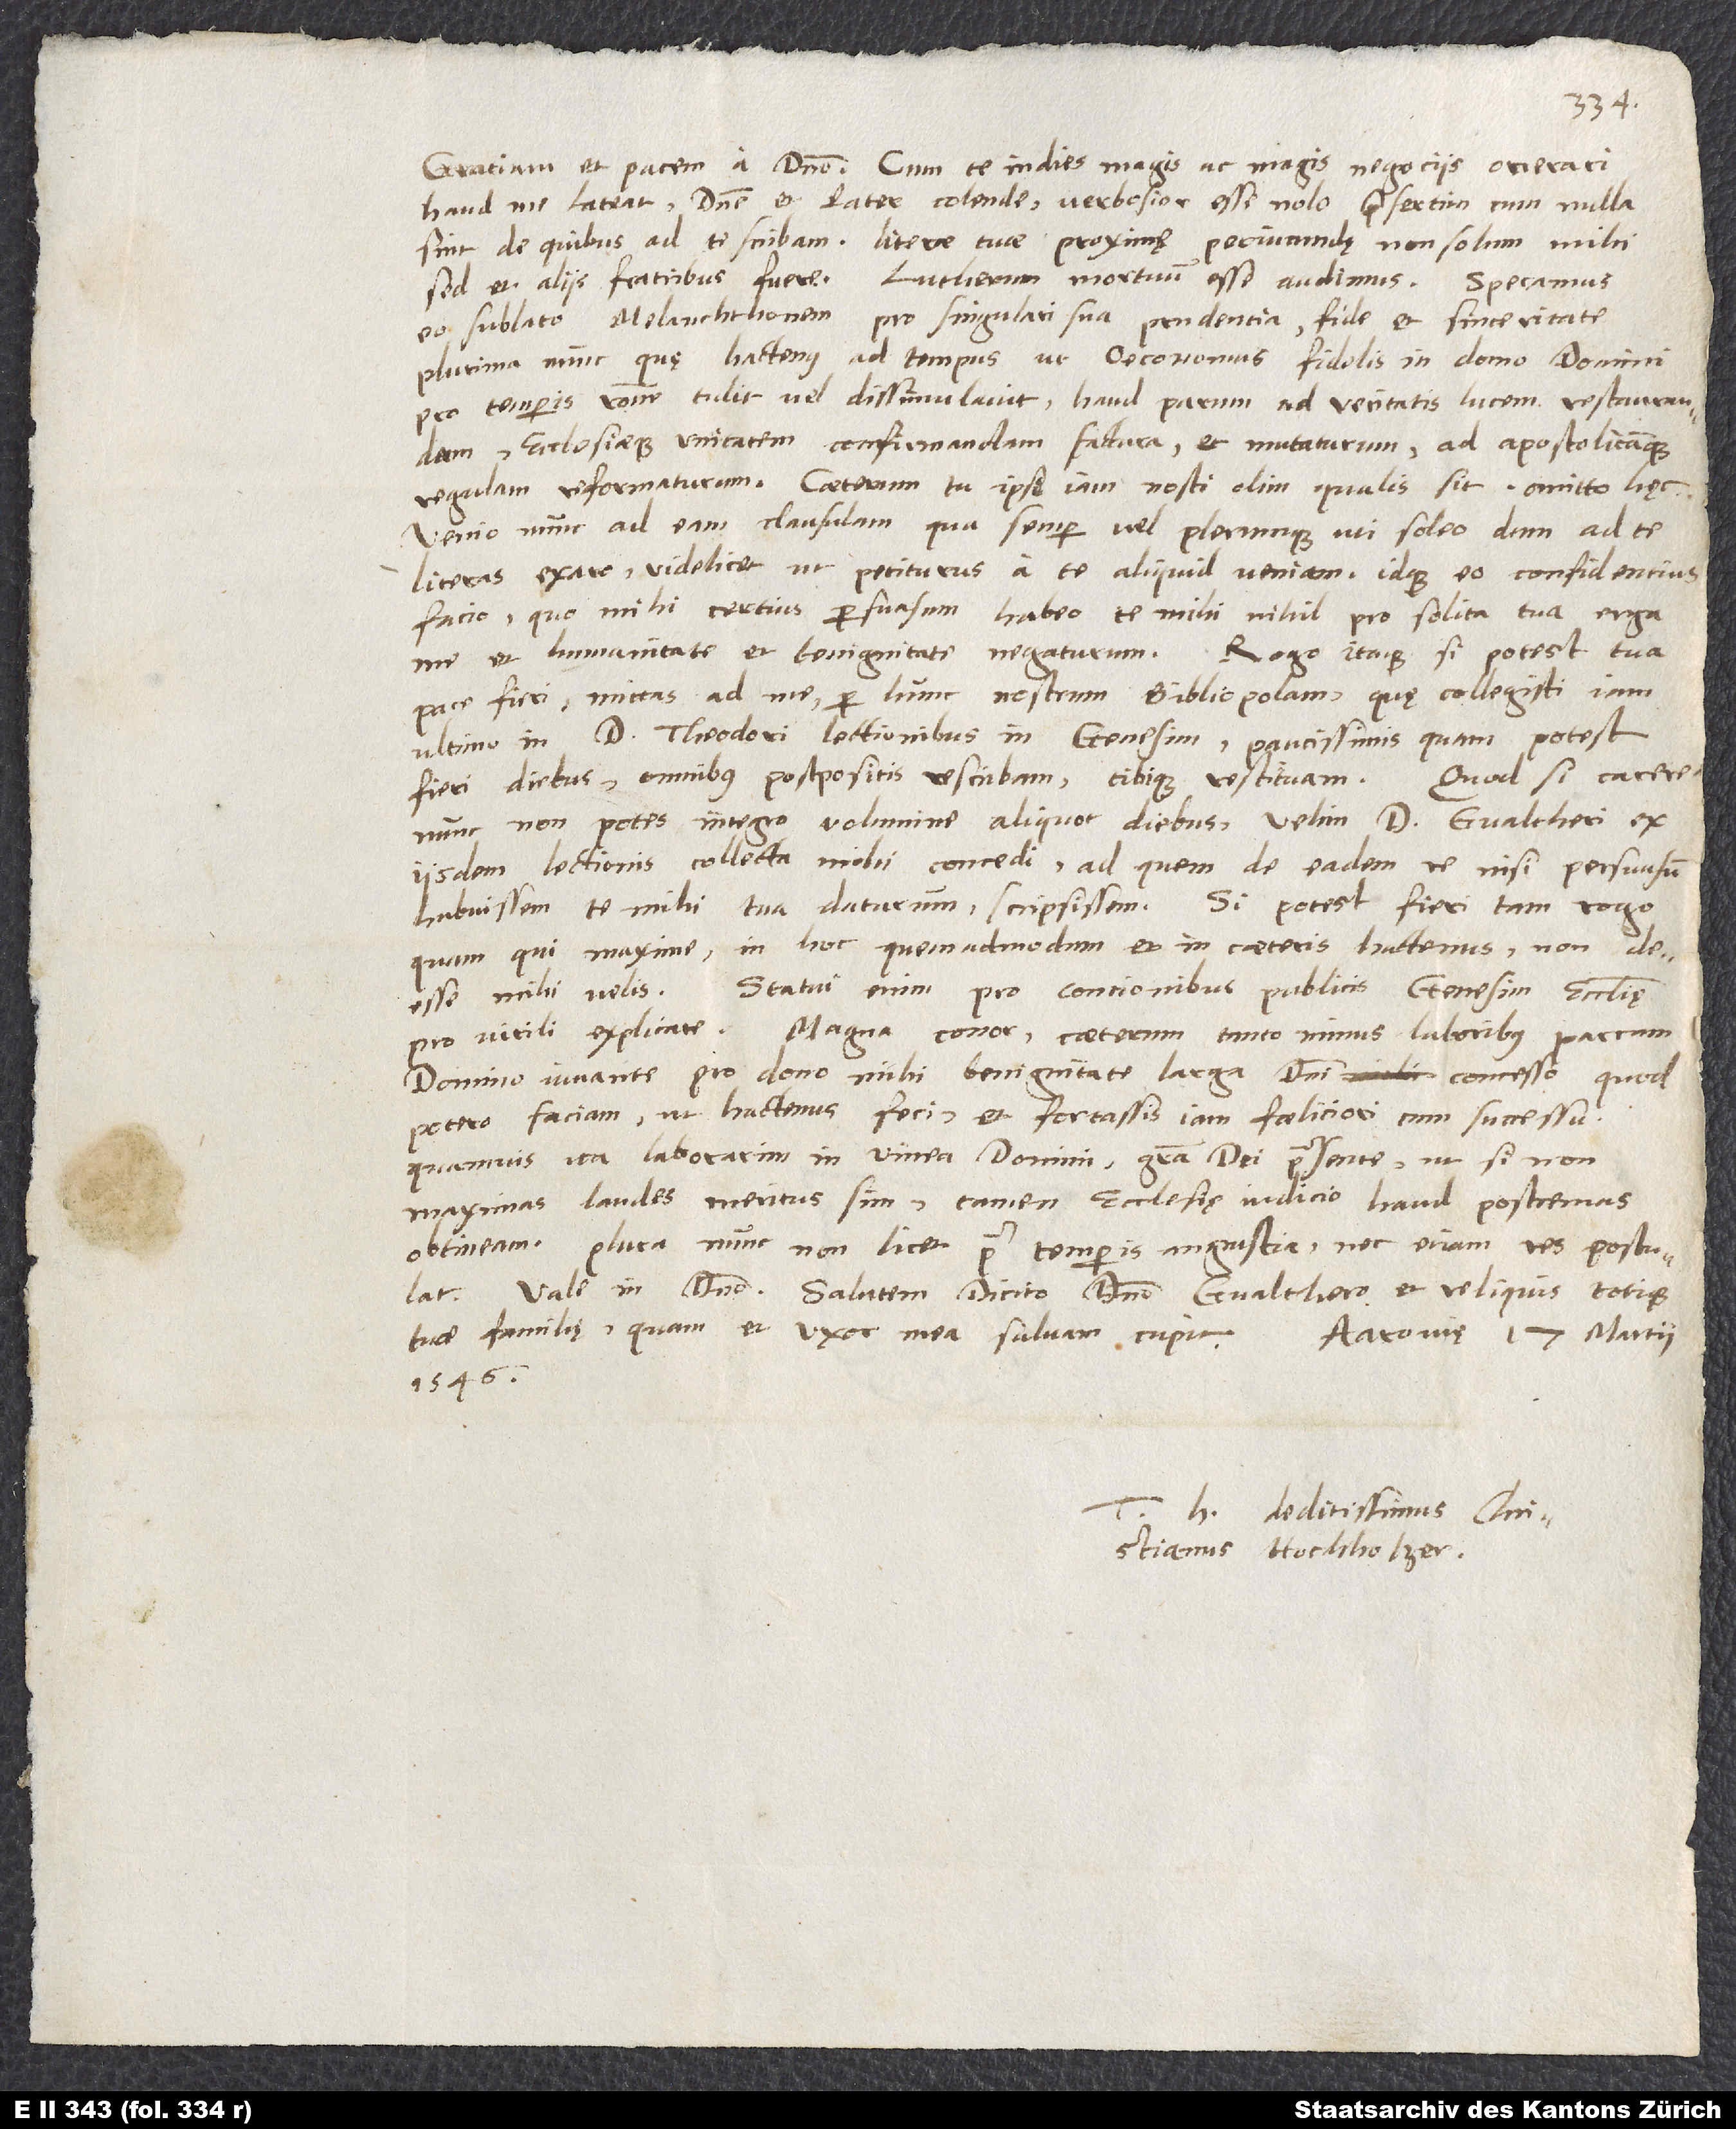
Gratiam et pacem a domino. Cum te indies magis ac magis negociis onerari
haud me lateat, domine et pater colende, verbosior esse nolo, praesertim cum nulla
sint, de quibus ad te scribam. Literae tuae proximę periucundę non solum mihi,
sed et aliis fratribus fuere. Lutherum mortuum esse audimus. Speramus
eo sublato Melanchthonem pro singulari sua prudentia, fide et sinceritate
plurima nunc, quę hactenus ad tempus ut oeconomus fidelis in domo domini
pro temporis ratione tulit vel dissimulavit, haud parum ad veritatis lucem restaurandam
ecclesiaeque unitatem confirmandam factura, et mutaturum ad apostolicamque
regulam reformaturum. Caeterum tu ipse iam nosti olim, qualis sit. Omitto hęc.
Venio nunc ad eam clausulam, qua semper vel plerumque uti soleo, dum ad te
literas exaro, videlicet, ut petiturus a te aliquid veniam; idque eo confidentius
facio, quo mihi certius persuasum habeo te mihi nihil pro solita tua erga
me et humanitate et benignitate negaturum. Rogo itaque, si potest tua
pace fieri, mittas ad me per hunc nostrum bibliopolam, quę collegisti iam
ultimo in d. Theodori lectionibus in Genesim. Paucissimis, quam potest
Quod si carere
fieri, diebus omnibus postpositis rescribam tibique restituam.
nunc non potes integro volumine aliquot diebus, velim d. Gvaltheri ex
iisdem lectionibus collecta mihi concedi, ad quem de eadem re, nisi persuasum
habuissem te mihi tua daturum, scripsissem. Si potest fieri, tam rogo,
quam qui maxime in hoc quemadmodum et in caeteris hactenus non
Statui enim pro concionibus publicis Genesim ecclesię
deesse mihi velis.
pro virili explicare. Magna conor. Caeterum tanto minus laboribus parcam
domino iuvante pro dono mihi benignitate larga domini concesso. Quod
potero, faciam, ut hactenus feci, et fortassis iam faeliciori cum successu,
quamvis ita laborarim in vinea domini gratia dei praesente, ut, si non
maximas laudes meritus sim, tamen ecclesię iudicio haud postremas
obtineam. Plura nunc non licet pro temporis angustia, nec etiam res postulat.
Vale in domino. Salutem dicito domino Gvalthero et reliquis totique
tuae familię, quam et uxor mea salvam cupit.
Aarovię, 17. martii
1546.
deditissimus Christianus
Hochholzer.